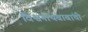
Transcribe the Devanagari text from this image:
विश्वनाथबाबांची